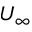
U _ { \infty }